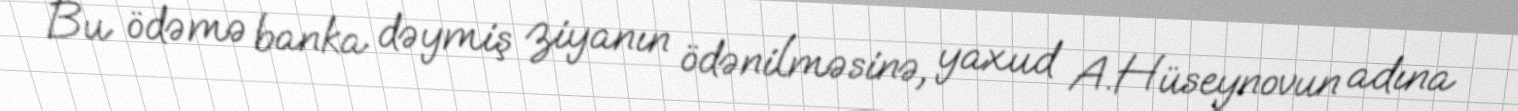
Bu ödəmə banka dəymiş ziyanın ödənilməsinə, yaxud A.Hüseynovun adına